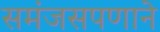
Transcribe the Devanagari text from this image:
समंजसपणाने